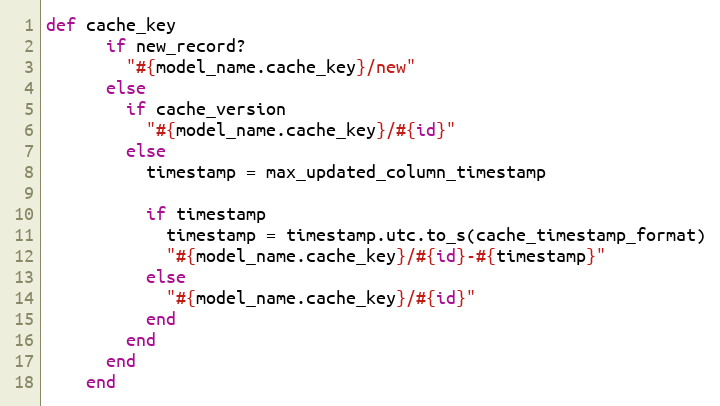
Language: Ruby
def cache_key
      if new_record?
        "#{model_name.cache_key}/new"
      else
        if cache_version
          "#{model_name.cache_key}/#{id}"
        else
          timestamp = max_updated_column_timestamp

          if timestamp
            timestamp = timestamp.utc.to_s(cache_timestamp_format)
            "#{model_name.cache_key}/#{id}-#{timestamp}"
          else
            "#{model_name.cache_key}/#{id}"
          end
        end
      end
    end